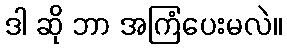
ဒါ ဆို ဘာ အကြံပေးမလဲ။